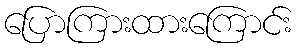
ပြောကြားထားကြောင်း